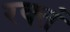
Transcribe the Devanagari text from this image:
रक्तं